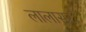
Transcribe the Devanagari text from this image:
लालासर